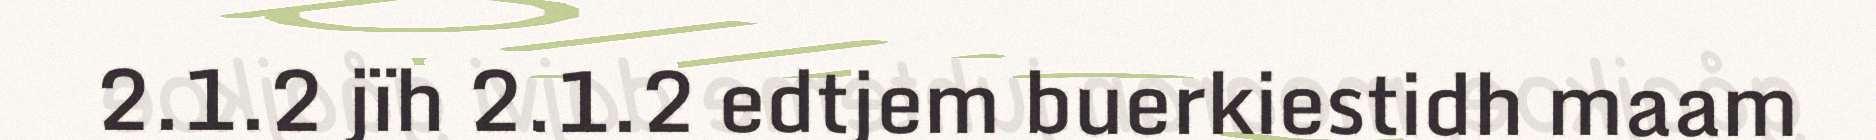
2.1.2 jïh 2.1.2 edtjem buerkiestidh maam